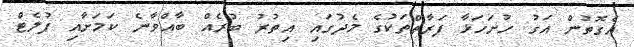
އެގޮތުން އަގު ހުށަހަޅާ ފަރާތްތަކުގެ މެދުގައި އިތުރު ބުރެއް ބާއްވާނެ ކަމަށާއި ފުލެޓް